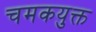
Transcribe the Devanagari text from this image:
चमकयुक्त